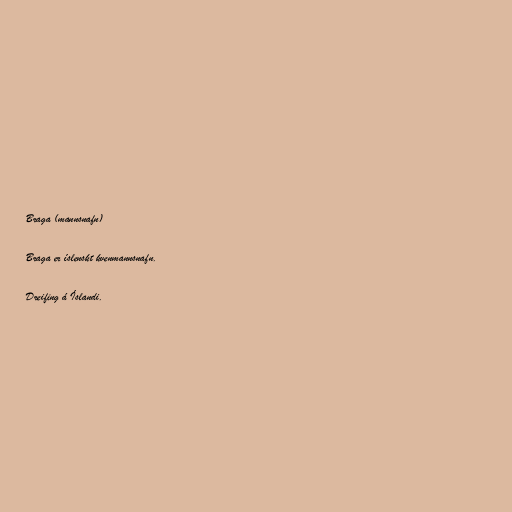
Braga (mannsnafn)

Braga er íslenskt kvenmannsnafn.

Dreifing á Íslandi.